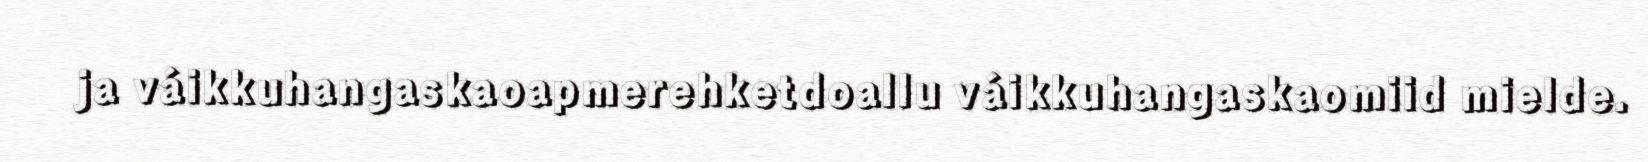
ja váikkuhangaskaoapmerehketdoallu váikkuhangaskaomiid mielde.